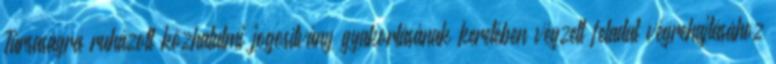
Társaságra ruházott közhatalmi jogosítvány gyakorlásának keretében végzett feladat végrehajtásához